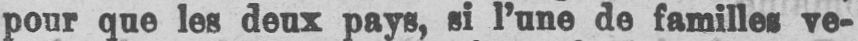
pour que les deux pays, si l’une de familles ve-